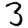
Digit: 3